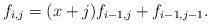
LaTeX: \begin{align*}f_{i,j}=(x+j)f_{i-1,j}+f_{i-1,j-1}.\end{align*}